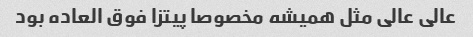
عالی عالی مثل همیشه مخصوصا پیتزا فوق العاده بود